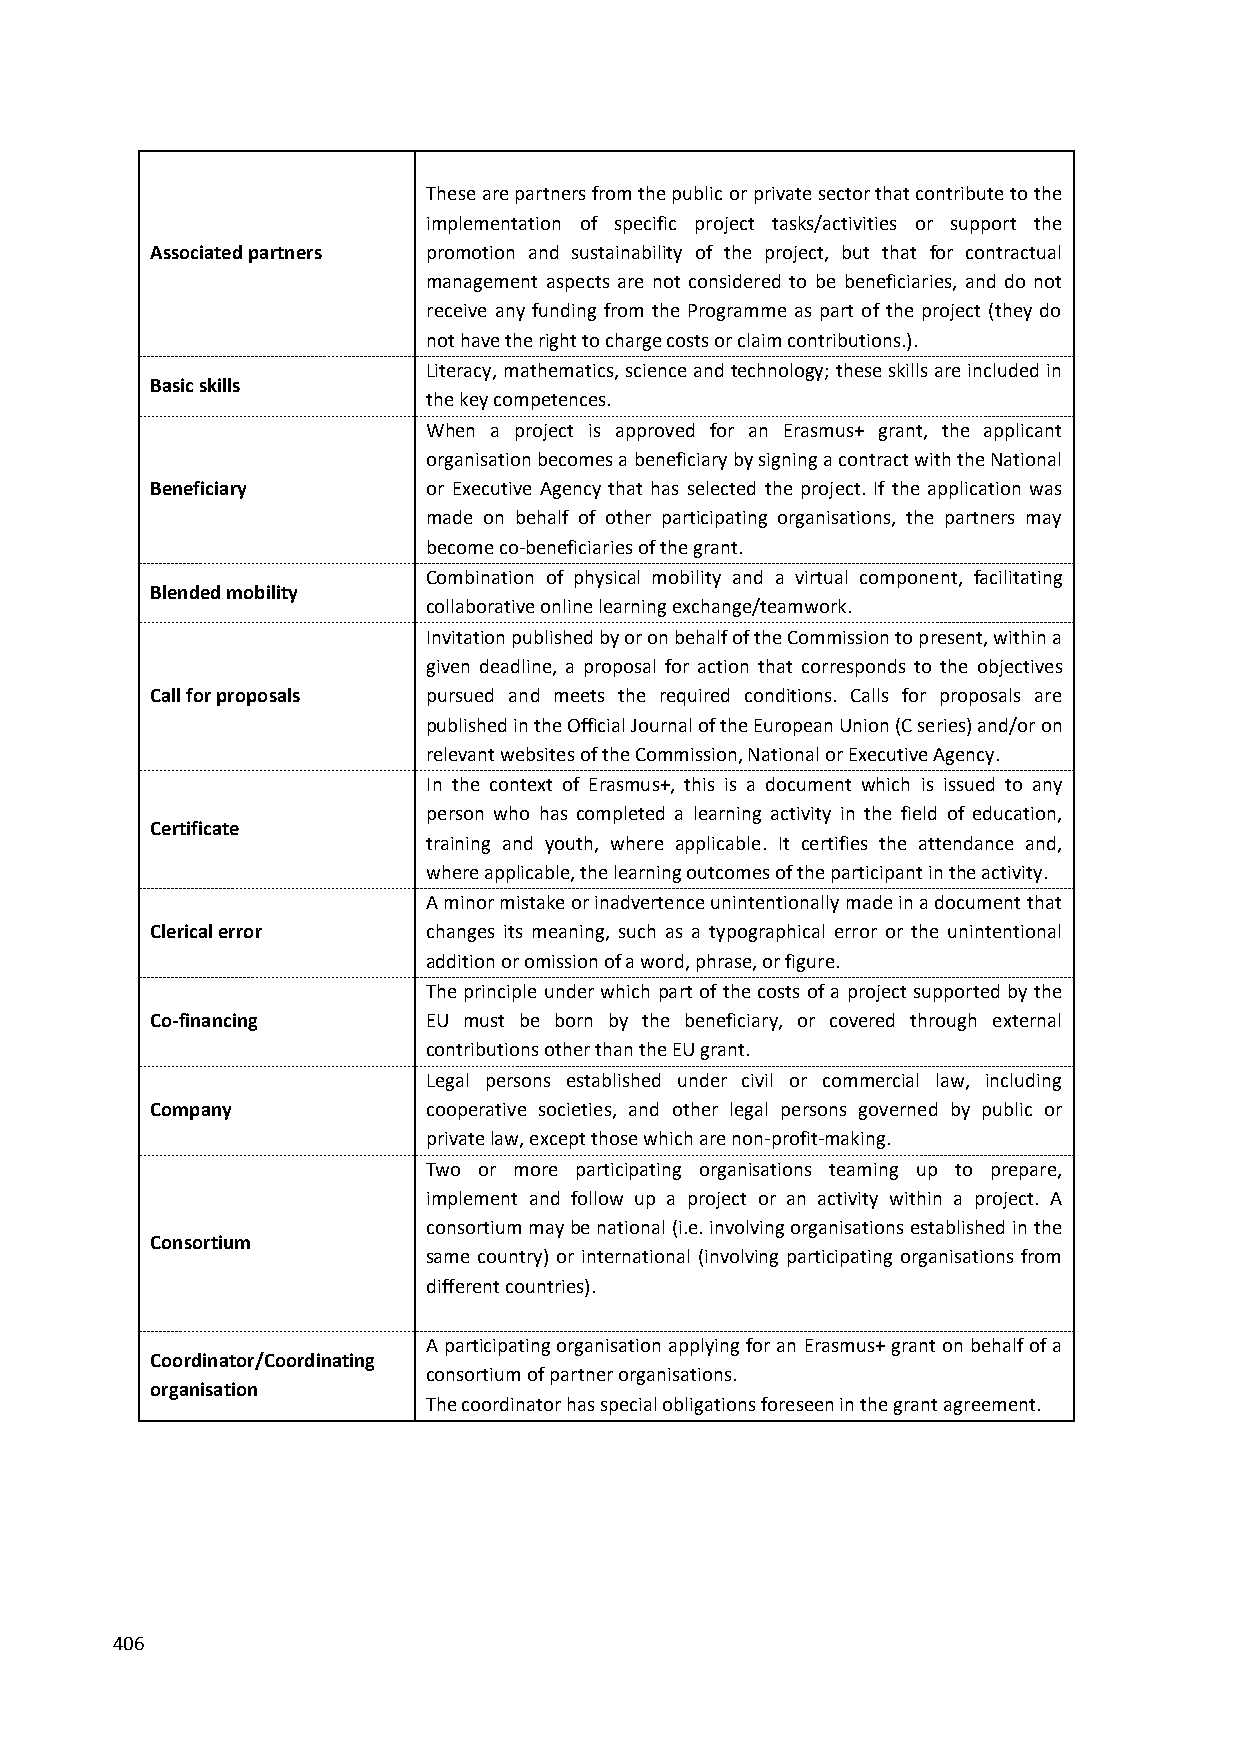
These are partners from the public or private sector that contribute to the
 implementation of specific project tasks/activities or support the
 Associated partners promotion and sustainability of the project, but that for contractual
 management aspects are not considered to be beneficiaries, and do not
 receive any funding from the Programme as part of the project (they do
 not have the right to charge costs or claim contributions.).
 Literacy, mathematics, science and technology; these skills are included in
 Basic skills
 the key competences.
 When a project is approved for an Erasmus+ grant, the applicant
 organisation becomes a beneficiary by signing a contract with the National
 Beneficiary       or Executive Agency that has selected the project. If the application was
 made on behalf of other participating organisations, the partners may
 become co-beneficiaries of the grant.
 Combination of physical mobility and a virtual component, facilitating
 Blended mobility
 collaborative online learning exchange/teamwork.
 Invitation published by or on behalf of the Commission to present, within a
 given deadline, a proposal for action that corresponds to the objectives
 Call for proposals pursued and meets the required conditions. Calls for proposals are
 published in the Official Journal of the European Union (C series) and/or on
 relevant websites of the Commission, National or Executive Agency.
 In the context of Erasmus+, this is a document which is issued to any
 person who has completed a learning activity in the field of education,
 Certificate
 training and youth, where applicable. It certifies the attendance and,
 where applicable, the learning outcomes of the participant in the activity.
 A minor mistake or inadvertence unintentionally made in a document that
 Clerical error    changes its meaning, such as a typographical error or the unintentional
 addition or omission of a word, phrase, or figure.
 The principle under which part of the costs of a project supported by the
 Co-financing      EU must be born by the beneficiary, or covered through external
 contributions other than the EU grant.
 Legal persons established under civil or commercial law, including
 Company           cooperative societies, and other legal persons governed by public or
 private law, except those which are non-profit-making.
 Two or more participating organisations teaming up to prepare,
 implement and follow up a project or an activity within a project. A
 consortium may be national (i.e. involving organisations established in the
 Consortium
 same country) or international (involving participating organisations from
 different countries).
 A participating organisation applying for an Erasmus+ grant on behalf of a
 Coordinator/Coordinating
 consortium of partner organisations.
 organisation
 The coordinator has special obligations foreseen in the grant agreement.
 406